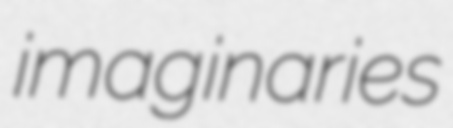
imaginaries